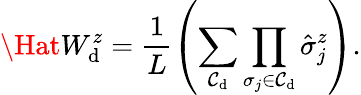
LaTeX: \Hat{W}_{\mathrm{d}}^{z}=\frac{{1}}{{L}}\left(\sum_{\mathcal{{C}}_{\mathrm{d}}}\prod_{\sigma_{j}\in\mathcal{{C}}_{\mathrm{d}}}\hat{{\sigma}}_{j}^{z}\right).